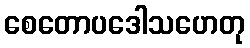
စေတောပဒေါသဟေတု